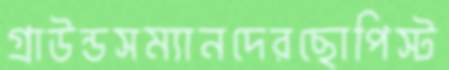
গ্রাউন্ডসম্যানদেরছোপিস্ট